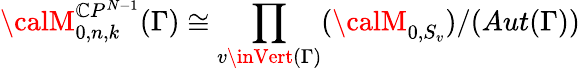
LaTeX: {\calM}_{0,n,k}^{\mathbb{C}P^{N-1}}(\Gamma)\cong\prod_{v\inVert(\Gamma)}({\calM}_{0,S_{v}})/(Aut(\Gamma))